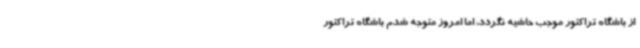
از باشگاه تراکتور موجب حاشیه نگردد، اما امروز متوجه شدم باشگاه تراکتور